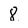
Character: 8